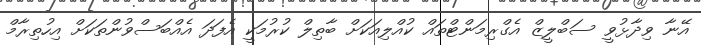
އޭނާ ވިދާޅުވީ ސަބްލީޒް އެގްރިމަންޓްތައް ކުއްލިއަކަށް ބާތިލް ކުރުމަކީ އެފަދަ އެއްބަސްވުންތަކަށް އިހުތިރާމް